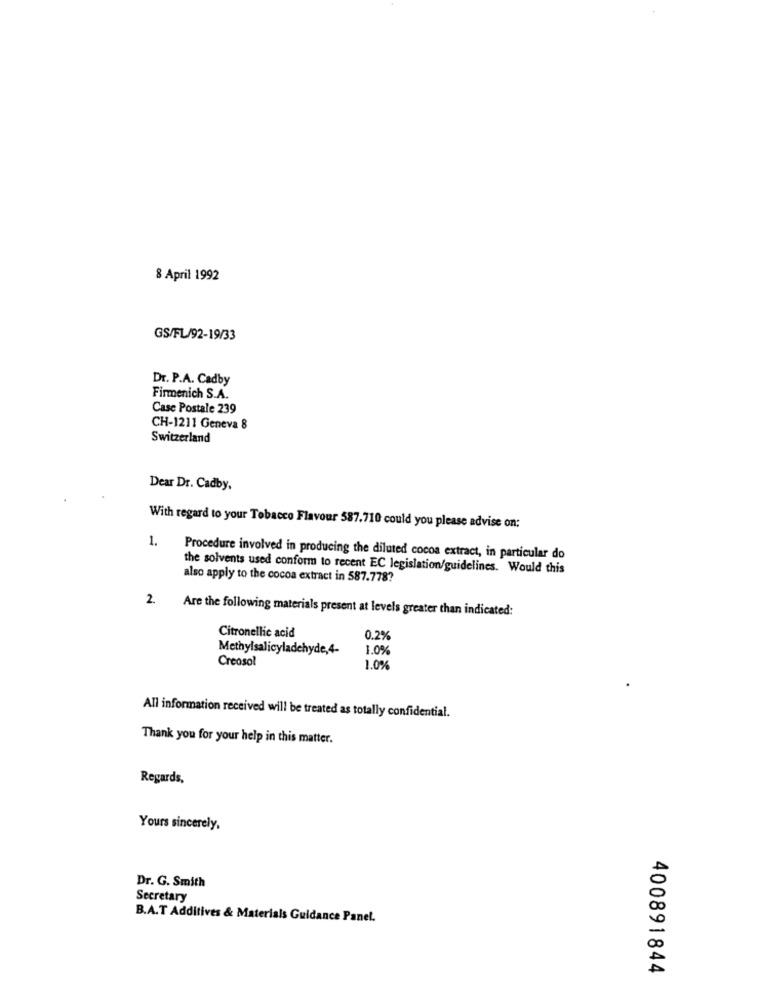
8 April 1992
GS/FL/92-19/33
Dr. P.A. Cadby
Firmenich S.A.
Case Postale 239
CH-1211 Geneva 8
Switzerland
Dear Dr. Cadby,
With regard to your Tobacco Flavour 587.710 could you please advise on:
1.
Procedure involved in producing the diluted cocoa extract, in particular do
the solvents used conform to recent EC legislation/guidelines. Would this
also apply to the cocoa extract in 587.778?
2.
Are the following materials present at levels greater than indicated:
Citronellic acid
0.2%
Methylsalicyladehyde,4-
1.0%
Creosol
1.0%
All information received will be treated as totally confidential.
Thank you for your help in this matter.
Regards,
Yours sincerely.
Dr. G. Smith
Secretary
B.A.T Additives & Materials Guidance Panel.
400891844